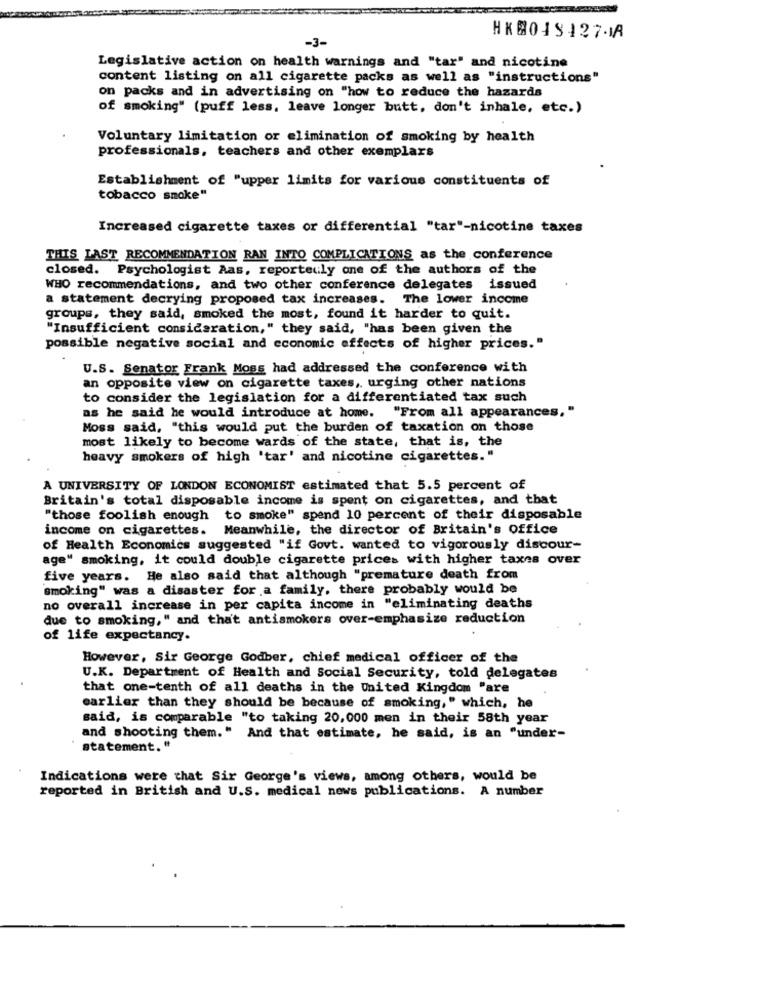
HK80431278
-3-
Legislative action on health warnings and "tar" and nicotine
content listing on all cigarette packs as well as "instructions"
on packs and in advertising on "how to reduce the hazards
of smoking" (puff less, leave longer butt, don't inhale, etc.)
Voluntary limitation or elimination of smoking by health
professionals, teachers and other exemplars
Establishment of "upper limits for various constituents of
tobacco smoke"
Increased cigarette taxes or differential "tar"-nicotine taxes
THIS LAST RECOMMENDATION RAN INTO COMPLICATIONS as the conference
closed. Psychologist Aas, reporteuly one of the authors of the
WHO recommendations, and two other conference delegates issued
a statement decrying proposed tax increases. The lower income
groups, they said, smoked the most, found it harder to quit.
"Insufficient consideration," they said, "has been given the
possible negative social and economic effects of higher prices."
U.S. Senator Frank Moss had addressed the conference with
an opposite view on cigarette taxes, urging other nations
to consider the legislation for a differentiated tax such
as he said he would introduce at home. "From all appearances,"
Moss said, "this would put the burden of taxation on those
most likely to become wards of the state, that is, the
heavy smokers of high 'tar' and nicotine cigarettes."
A UNIVERSITY OF LONDON ECONOMIST estimated that 5.5 percent of
Britain's total disposable income is spent on cigarettes, and that
"those foolish enough to smoke" spend 10 percent of their disposable
income on cigarettes. Meanwhile, the director of Britain's Office
of Health Economics suggested "if Govt. wanted to vigorously discour-
age" smoking, it could double cigarette prices with higher taxes over
five years. He also said that although "premature death from
smoking" was a disaster for a family, there probably would be
no overall increase in per capita income in "eliminating deaths
due to smoking," and that antismokers over-emphasize reduction
of life expectancy.
However, Sir George Godber, chief medical officer of the
U.K. Department of Health and Social Security, told delegates
that one-tenth of all deaths in the United Kingdom "are
earlier than they should be because of smoking," which, he
said, is comparable "to taking 20,000 men in their 58th year
and shooting them." And that estimate, he said, is an "under-
statement. "
Indications were that Sir George's views, among others, would be
reported in British and U.S. medical news publications. A number